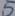
Text: 5